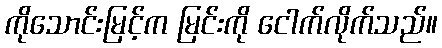
ကိုသောင်းမြင့်က မြင်းကို ငေါက်လိုက်သည်။